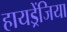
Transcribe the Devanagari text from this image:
हायड्रेंजिया